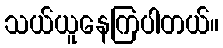
သယ်ယူနေကြပါတယ်။